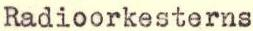
Radioorkesterns